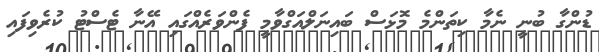
ޑުންގާ ބުނީ ނެމާ ކިތަންމެ މޮޅަސް ބައިނަލްއަގްވާމީ ފެންވަރެއްގައި އޭނާ ޓެސްޓު ކުރެވިފައި